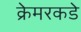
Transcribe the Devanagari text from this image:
क्रेमरकडे